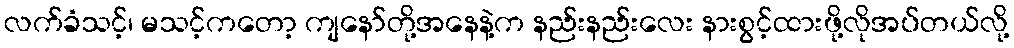
လက်ခံသင့်၊ မသင့်ကတော့ ကျနော်တို့အနေနဲ့က နည်းနည်းလေး နားစွင့်ထားဖို့လိုအပ်တယ်လို့